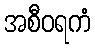
အစီဝရကံ